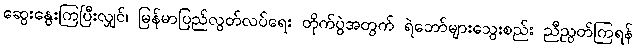
ဆွေးနွေးကြပြီးလျှင်၊ မြန်မာပြည်လွတ်လပ်ရေး တိုက်ပွဲအတွက် ရဲဘော်များသွေးစည်း ညီညွတ်ကြရန်